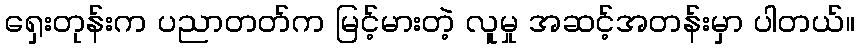
ရှေးတုန်းက ပညာတတ်က မြင့်မားတဲ့ လူမှု အဆင့်အတန်းမှာ ပါတယ်။